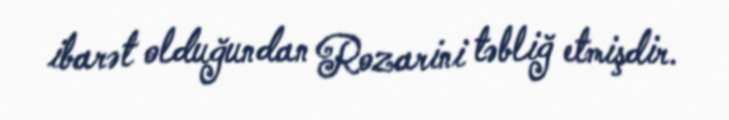
ibarət olduğundan Rozarini təbliğ etmişdir.